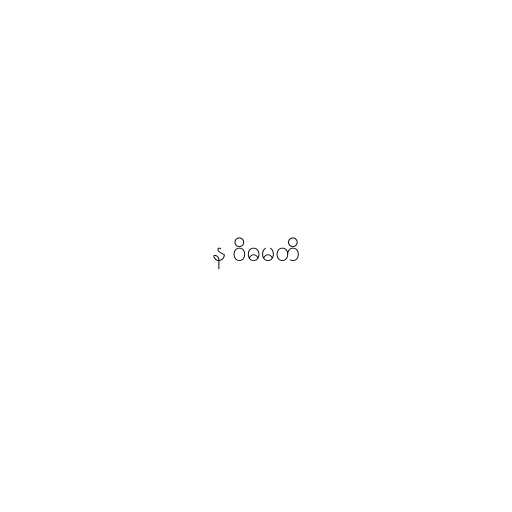
န ဝိဓမတိ